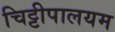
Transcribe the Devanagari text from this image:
चिट्टीपालयम